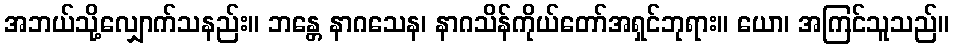
အဘယ်သို့လျှောက်သနည်း။ ဘန္တေ နာဂသေန၊ နာဂသိန်ကိုယ်တော်အရှင်ဘုရား။ ယော၊ အကြင်သူသည်။